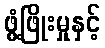
ဖွံ့ဖြိုးမှုနှင့်